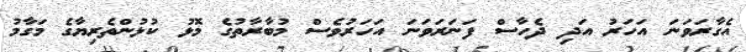
އެގާރަވަނަ އަހަރު އަދި ދެހާސް ފަނަރަވަނަ އަހަރުވެސް މުބާރާތުގެ މޮޅު ކުޅުންތެރިޔާގެ މަގާމު